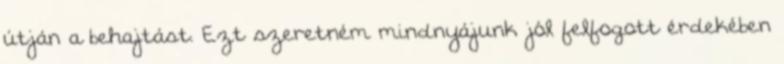
útján a behajtást. Ezt szeretném mindnyájunk jól felfogott érdekében